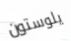
يلوستون